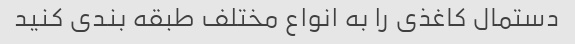
دستمال کاغذی را به انواع مختلف طبقه بندی کنید